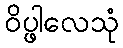
ဝိပ္ဖါလေသုံ